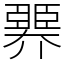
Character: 臩